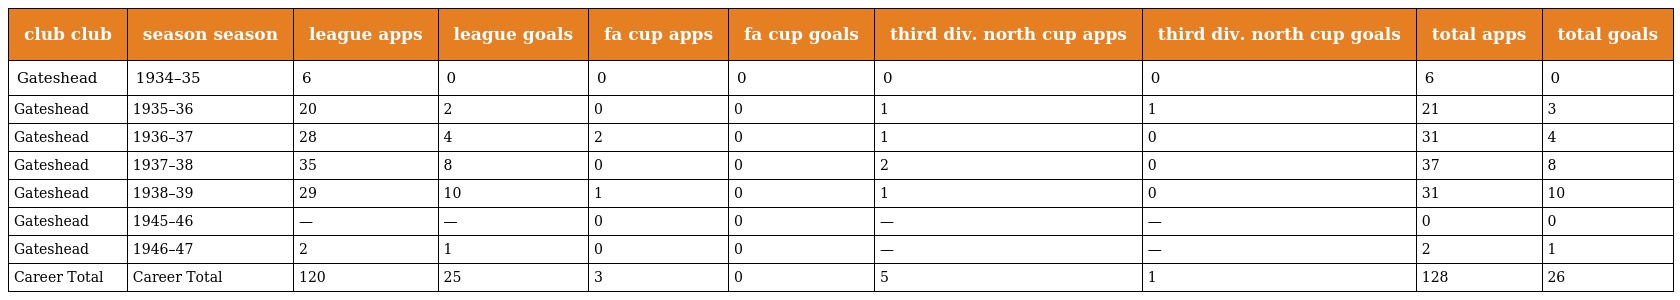
| club club | season season | league apps | league goals | fa cup apps | fa cup goals | third div. north cup apps | third div. north cup goals | total apps | total goals |
 | --- | --- | --- | --- | --- | --- | --- | --- | --- | --- |
 | Gateshead | 1934–35 | 6 | 0 | 0 | 0 | 0 | 0 | 6 | 0 |
 | Gateshead | 1935–36 | 20 | 2 | 0 | 0 | 1 | 1 | 21 | 3 |
 | Gateshead | 1936–37 | 28 | 4 | 2 | 0 | 1 | 0 | 31 | 4 |
 | Gateshead | 1937–38 | 35 | 8 | 0 | 0 | 2 | 0 | 37 | 8 |
 | Gateshead | 1938–39 | 29 | 10 | 1 | 0 | 1 | 0 | 31 | 10 |
 | Gateshead | 1945–46 | — | — | 0 | 0 | — | — | 0 | 0 |
 | Gateshead | 1946–47 | 2 | 1 | 0 | 0 | — | — | 2 | 1 |
 | Career Total | Career Total | 120 | 25 | 3 | 0 | 5 | 1 | 128 | 26 |